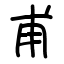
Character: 甫